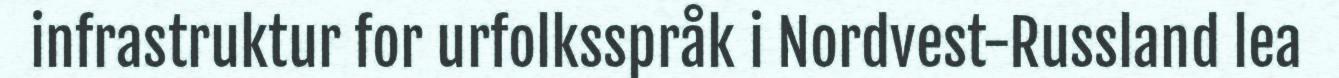
infrastruktur for urfolksspråk i Nordvest-Russland lea